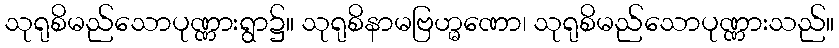
သုရုစိမည်သောပုဏ္ဏားရွာ၌။ သုရုစိနာမဗြဟ္မဏော၊ သုရုစိမည်သောပုဏ္ဏားသည်။